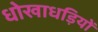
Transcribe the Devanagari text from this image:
धोखाधड़ियों